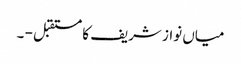
میاں نواز شریف کا مستقبل - ۔